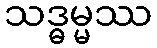
သဒ္ဓမ္မဿ